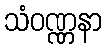
သံဝဏ္ဏနာ